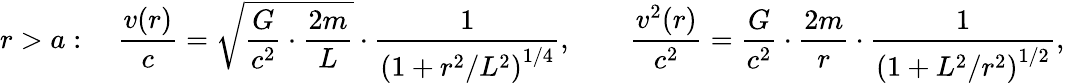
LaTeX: r>a:\quad\frac{v(r)}{c}=\sqrt{\frac{G}{c^{2}}\cdot\frac{2m}{L}}\cdot\frac{1}{\left(1+r^{2}/L^{2}\right)^{1/4}},\qquad\frac{v^{2}(r)}{c^{2}}=\frac{G}{c^{2}}\cdot\frac{2m}{r}\cdot\frac{1}{\left(1+L^{2}/r^{2}\right)^{1/2}},